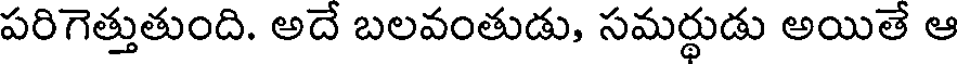
పరిగెత్తుతుంది. అదే బలవంతుడు, సమర్థుడు అయితే ఆ